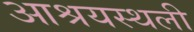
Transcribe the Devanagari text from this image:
आश्रयस्थली